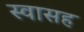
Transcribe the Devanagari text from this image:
स्‍वासह